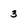
Character: 3